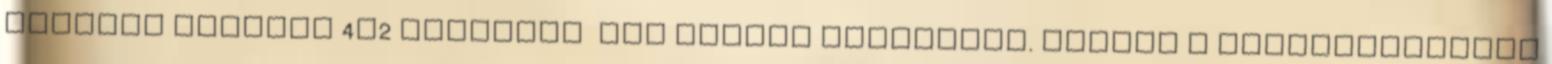
esetben maximum 4x2 kapszula nap adagra felvihető. FONTOS A készítményeket